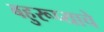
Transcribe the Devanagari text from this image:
बहुरूप्याचे